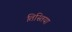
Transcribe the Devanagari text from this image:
तिस्तिया